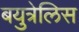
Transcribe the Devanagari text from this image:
बयुत्रेलिस